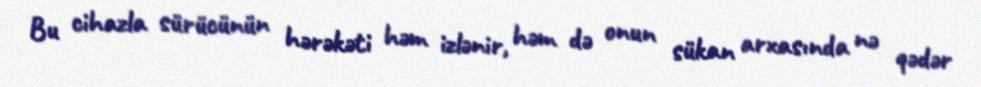
Bu cihazla sürücünün hərəkəti həm izlənir, həm də onun sükan arxasında nə qədər